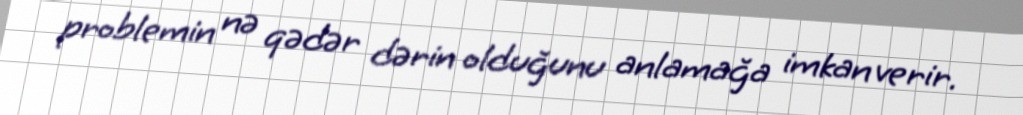
problemin nə qədər dərin olduğunu anlamağa imkan verir.